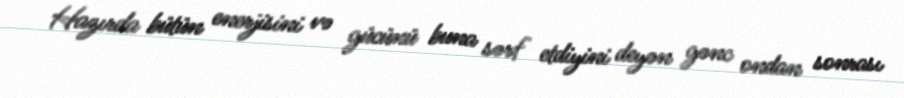
Hazırda bütün enerjisini və gücünü buna sərf etdiyini deyən gənc ondan sonrası